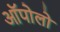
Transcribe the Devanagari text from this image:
ऑपोलो